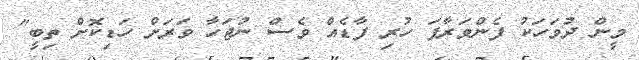
މީން ދުވަހަކު ފެންވަރާފަ ހުރި ފާޑެއް ވެސް ނުޖަހާ ވަރަށް ހަޑިކޮށް ތިބީ"